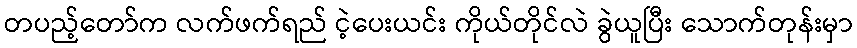
တပည့်တော်က လက်ဖက်ရည် ငဲ့ပေးယင်း ကိုယ်တိုင်လဲ ခွဲယူပြီး သောက်တုန်းမှာ